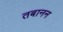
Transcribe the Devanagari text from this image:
तबानन